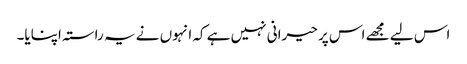
اس لیے مجھے اس پر حیرانی نہیں ہے کہ انہوں نے یہ راستہ اپنایا۔